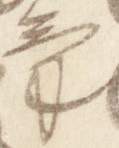
気